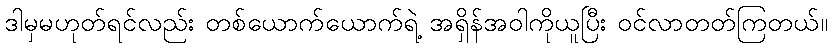
ဒါမှမဟုတ်ရင်လည်း တစ်ယောက်ယောက်ရဲ့ အရှိန်အဝါကိုယူပြီး ဝင်လာတတ်ကြတယ်။